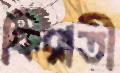
কিরাতী